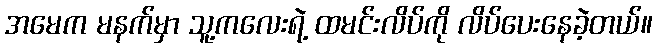
အမေက မနက်မှာ သူ့ကလေးရဲ့ ထမင်းလိပ်ကို လိပ်ပေးနေခဲ့တယ်။